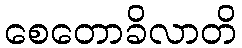
စေတောခိလာတိ